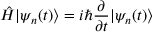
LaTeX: { \hat { H } } | \psi _ { n } ( t ) \rangle = i \hbar { \frac { \partial } { \partial t } } | \psi _ { n } ( t ) \rangle